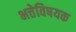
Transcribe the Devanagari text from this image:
भत्तेविषयक